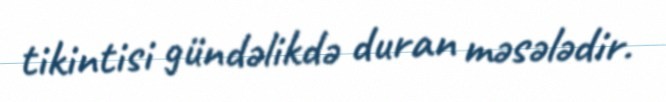
tikintisi gündəlikdə duran məsələdir.